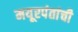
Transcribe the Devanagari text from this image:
मयूरपंतांची